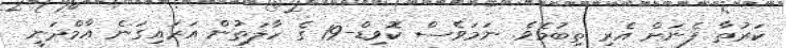
ކަރުތާ ފެނަށް އެރި ތިބުމެވެ. ނަމަވެސް ކޮވިޑް-19 ގެ ހާލަތުން އަރައިގަނެ އާމްދަނީ